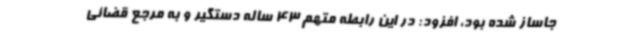
جاساز شده بود، افزود: در این رابطه متهم 43 ساله دستگیر و به مرجع قضائی